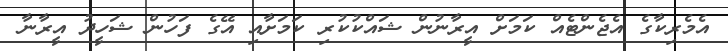
އެމެރިކާގެ އެޖެންޓެއް ކަމަށް އީރާނުން ޝައްކުކުރި ކަމަށާއި އޭގެ ފަހުން ޝަހީދު އީރާނާ